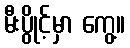
မီးပွိုင့်မှာ ကွေ့။